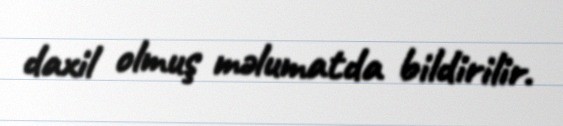
daxil olmuş məlumatda bildirilir.